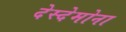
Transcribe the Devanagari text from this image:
देस्देमोना